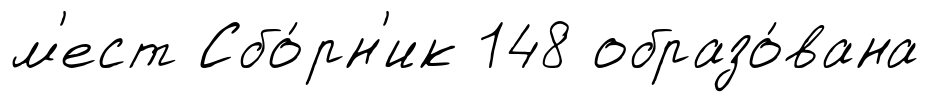
м'ест Сбо́рн'ик 148 образо́вана